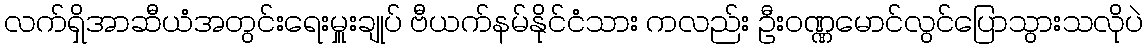
လက်ရှိအာဆီယံအတွင်းရေးမှူးချုပ် ဗီယက်နမ်နိုင်ငံသား ကလည်း ဦးဝဏ္ဏမောင်လွင်ပြောသွားသလိုပဲ